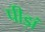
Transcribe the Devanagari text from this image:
पीड़ां